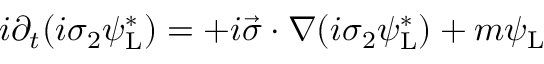
i \partial _ { t } ( i \sigma _ { 2 } \psi _ { \mathrm { { L } } } ^ { * } ) = + i { \vec { \sigma } } \cdot \nabla ( i \sigma _ { 2 } \psi _ { \mathrm { { L } } } ^ { * } ) + m \psi _ { \mathrm { { L } } }